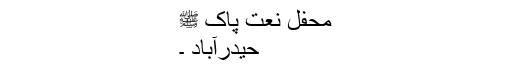
محفل نعت پاک ﷺ
حیدرآباد ۔